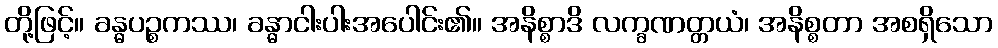
တို့ဖြင့်။ ခန္ဓပဉ္စကဿ၊ ခန္ဓာငါးပါးအပေါင်း၏။ အနိစ္စာဒိ လက္ခဏတ္တယံ၊ အနိစ္စတာ အစရှိသော